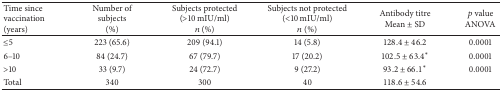
<table><thead><tr><td><b>Time since vaccination(years)</b></td><td><b>Number of subjects(%)</b></td><td><b>Subjects protected (&gt;10 mIU/ml)<i>n</i> (%)</b></td><td><b>Subjects not protected (&lt;10 mIU/ml)<i>n</i> (%)</b></td><td><b>Antibody titreMean ± SD</b></td><td><b><i>p</i> value ANOVA</b></td></tr></thead><tbody><tr><td>≤5</td><td>223 (65.6)</td><td>209 (94.1)</td><td>14 (5.8)</td><td>128.4 ± 46.2</td><td>0.0001</td></tr><tr><td>6–10</td><td>84 (24.7)</td><td>67 (79.7)</td><td>17 (20.2)</td><td>102.5 ± 63.4<sup><i>∗</i></sup></td><td>0.0001</td></tr><tr><td>&gt;10</td><td>33 (9.7)</td><td>24 (72.7)</td><td>9 (27.2)</td><td>93.2 ± 66.1<sup><i>∗</i></sup></td><td>0.0001</td></tr><tr><td>Total</td><td>340</td><td>300</td><td>40</td><td>118.6 ± 54.6</td><td> </td></tr></tbody></table>